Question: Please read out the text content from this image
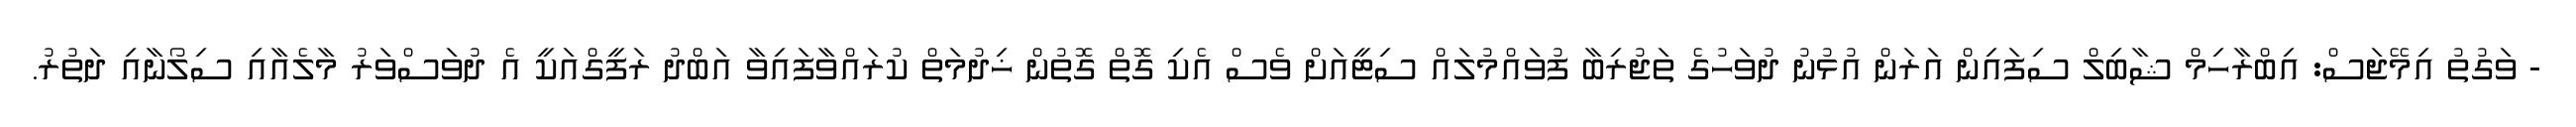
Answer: - ވަގުތު އިމޭޖަސް: އިބްރާހިމް ޝާބިލް ސިފައިން އަރަން އުޅުނު ދުވަހުގެ ތަޖުރިބާ ފުވައްމުލައް ސިޓީއަށް ވެސް އެކި ގޮތް ގޮތުން ޚިދުމަތް ކުރައްވާފައިވާ އަބްދު ރަފީގްއަކީ އެ ދުވަސްވަރު މާލެއާއި ސިލޯނާއި ދަތުރު.